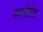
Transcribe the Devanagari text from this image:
कार्पेटेड